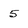
Character: 5